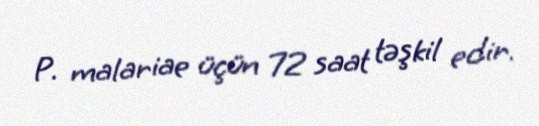
P. malariae üçün 72 saat təşkil edir.